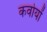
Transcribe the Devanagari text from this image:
कवोयों